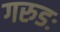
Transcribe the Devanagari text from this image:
गरुडः